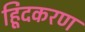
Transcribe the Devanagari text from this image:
हिूंदकरण